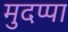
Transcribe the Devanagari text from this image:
मुदप्पा